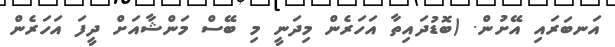
އަނބަރައި އޭށުން. (ބޮޑުދައިތާ އަހަަރެން މިދަނީ މި ބޭސް މަންޝާއަށް ދީފަ އަހަރެން